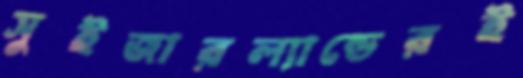
সুইজারল্যান্ডেরই